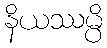
နိယဿမ္ပိ